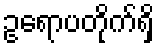
ဥရောပတိုက်ရှိ